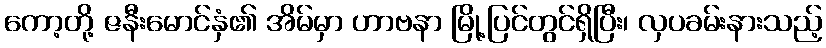
ကော့တို့ ဇနီးမောင်နှံ၏ အိမ်မှာ ဟာဗနာ မြို့ပြင်တွင်ရှိပြီး၊ လှပခမ်းနားသည့်